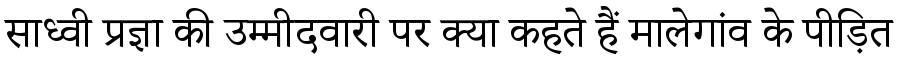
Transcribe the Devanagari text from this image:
साध्वी प्रज्ञा की उम्मीदवारी पर क्या कहते हैं मालेगांव के पीड़ित